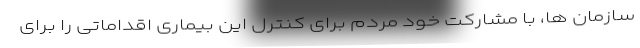
سازمان ها، با مشارکت خود مردم برای کنترل این بیماری اقداماتی را برای